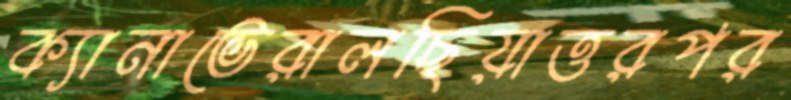
ক্যানাভেরালছিয়াত্তরপর